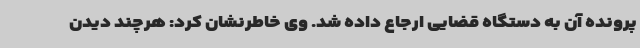
پرونده آن به دستگاه قضایی ارجاع داده شد. وی خاطرنشان کرد: هرچند دیدن